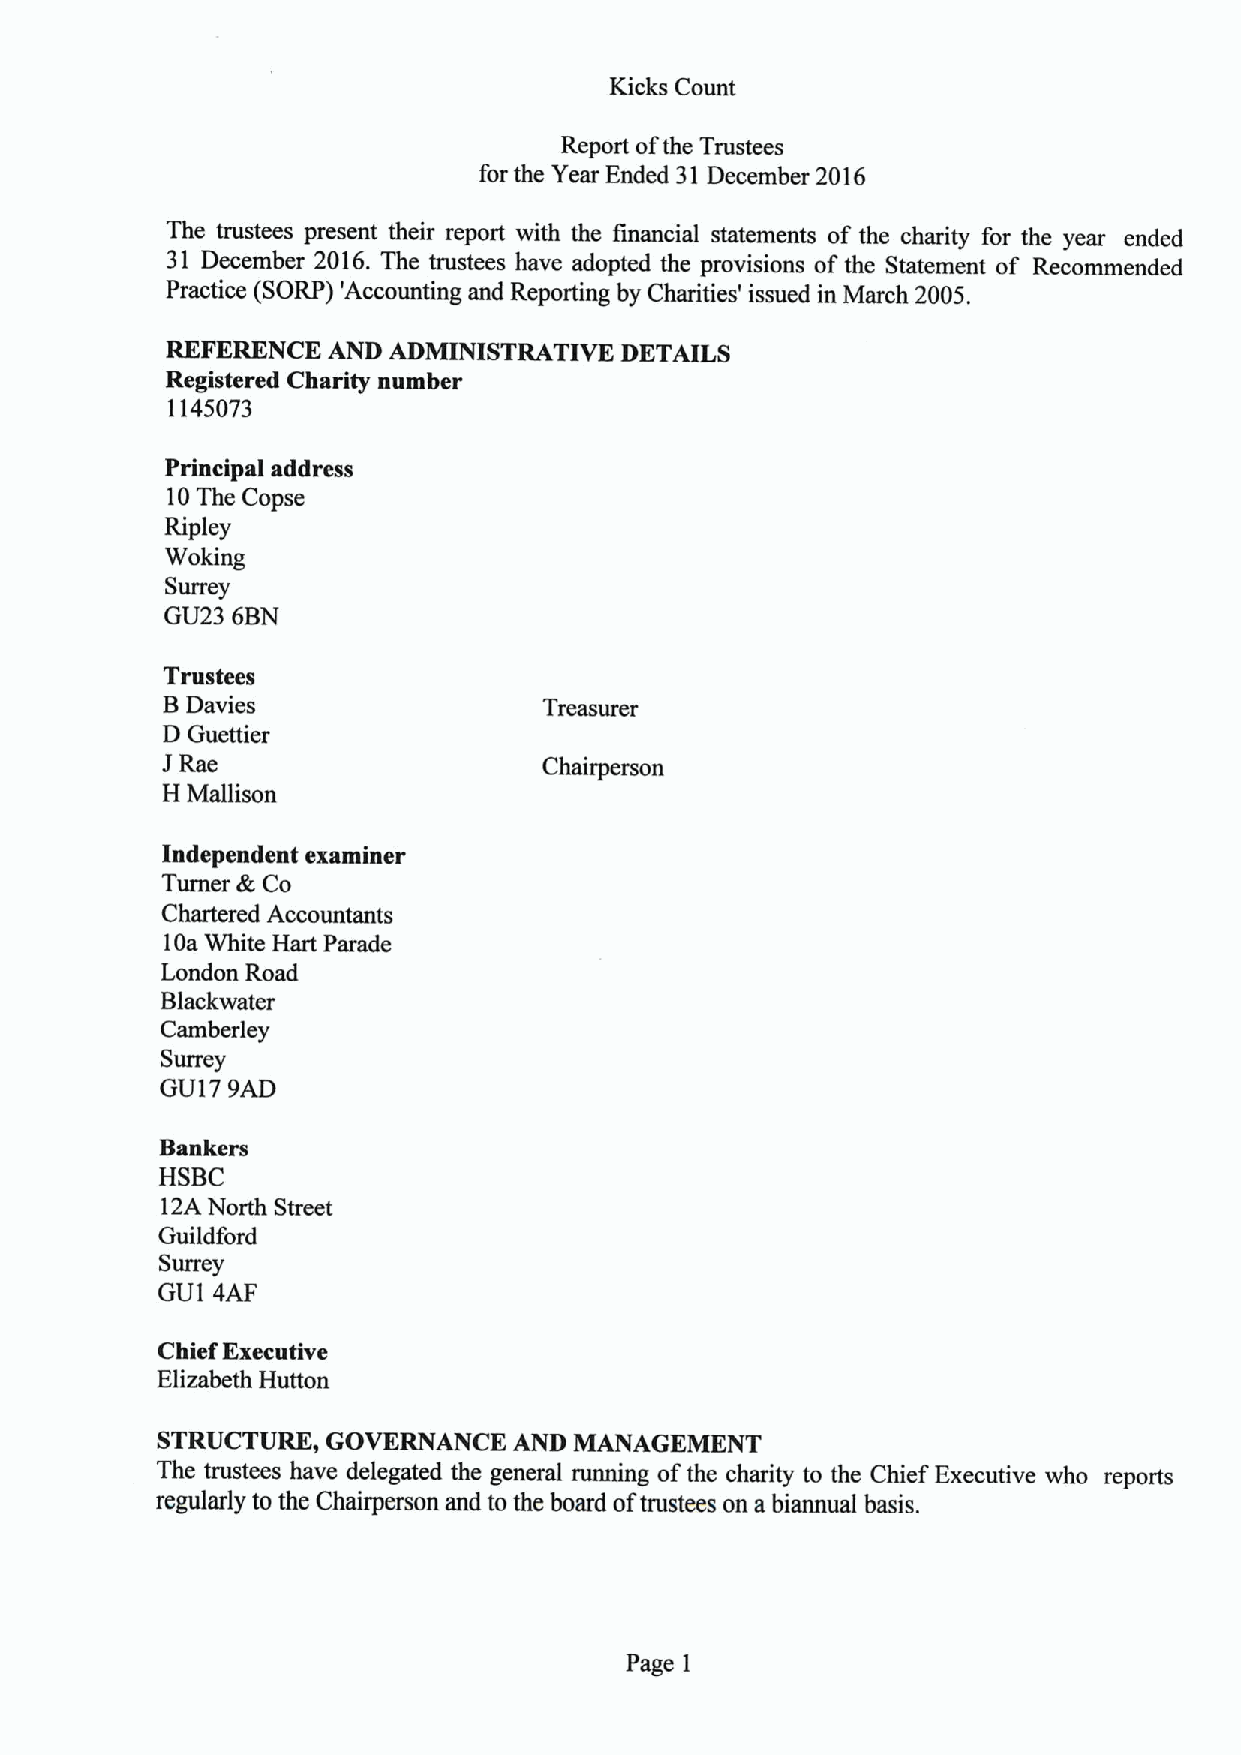
Kicks Count
 Report ofthe Trustees
 for the Year Ended 31 December 2016
 The trustees present their report with the financial statements of the charity for the year ended
 31 December 2016.The trustees have adopted the provisions of the Statement of Recommended
 Practice (SORP) 'Accounting and Reporting by Charities' issued in March 2005.
 REFERENCE  AND ADMINISTRATIVE DETAILS
 Registered Charity number
 1145073
 Principal address
 10The Copse
 Ripley
 Woking
 Surrey
 GU23 6BN
 Trustees
 BDavies
 Treasurer
 D Guettier
 JRae
 Chairperson
 H Mallison
 Independent examiner
 Turner EcCo
 Chartered Accountants
 10aWhite Hart Parade
 London Road
 Blackwater
 Camberley
 Surrey
 GU17 9AD
 Bankers
 HSBC
 12ANorth Street
 Guildford
 Surrey
 GU1 4AF
 Chief Executive
 Elizabeth Hutton
 STRUCTURE,  GOVERNANCE  AND MANAGEMENT
 The trustees have delegated the general running ofthe charity to the Chief Executive who reports
 regularly to the Chairperson and to the board oftrustees on a biannual basis.
 Page 1